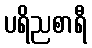
ပရိညစာရီ